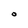
Character: O